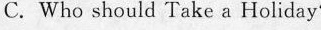
C. Who should Take a Holiday?